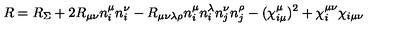
R = R _ { \Sigma } + 2 R _ { \mu \nu } n _ { i } ^ { \mu } n _ { i } ^ { \nu } - R _ { \mu \nu \lambda \rho } n _ { i } ^ { \mu } n _ { i } ^ { \lambda } n _ { j } ^ { \nu } n _ { j } ^ { \rho } - ( \chi _ { i \mu } ^ { \mu } ) ^ { 2 } + \chi _ { i } ^ { \mu \nu } \chi _ { i \mu \nu }